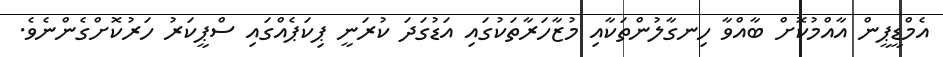
އެމްޑީޕީން އާއްމުކޮށް ބާއްވާ ހިނގާލުންތަކާއި މުޒާހަރާތަކުގައި އަޑުގަދަ ކުރަނީ ޕިކަޕެއްގައި ސްޕީކަރު ހަރުކޮށްގެންނެވެ.